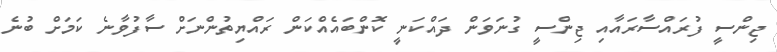
ޖިންސީ ފުރައްސާރައާއި ޖިންސީ ގުނަވަން ދައްކަނީ ކޮންބައެއްކަން ރައްޔިތުންނަށް ސާފުވާނެ ކަމަށް ބުނެ